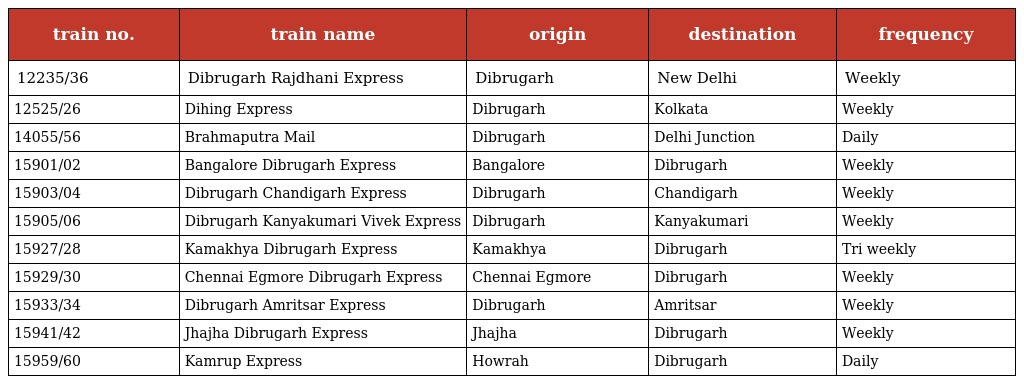
| train no. | train name | origin | destination | frequency |
 | --- | --- | --- | --- | --- |
 | 12235/36 | Dibrugarh Rajdhani Express | Dibrugarh | New Delhi | Weekly |
 | 12525/26 | Dihing Express | Dibrugarh | Kolkata | Weekly |
 | 14055/56 | Brahmaputra Mail | Dibrugarh | Delhi Junction | Daily |
 | 15901/02 | Bangalore Dibrugarh Express | Bangalore | Dibrugarh | Weekly |
 | 15903/04 | Dibrugarh Chandigarh Express | Dibrugarh | Chandigarh | Weekly |
 | 15905/06 | Dibrugarh Kanyakumari Vivek Express | Dibrugarh | Kanyakumari | Weekly |
 | 15927/28 | Kamakhya Dibrugarh Express | Kamakhya | Dibrugarh | Tri weekly |
 | 15929/30 | Chennai Egmore Dibrugarh Express | Chennai Egmore | Dibrugarh | Weekly |
 | 15933/34 | Dibrugarh Amritsar Express | Dibrugarh | Amritsar | Weekly |
 | 15941/42 | Jhajha Dibrugarh Express | Jhajha | Dibrugarh | Weekly |
 | 15959/60 | Kamrup Express | Howrah | Dibrugarh | Daily |